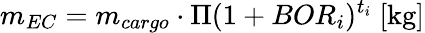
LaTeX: m_{EC}=m_{cargo}\cdot\Pi{(1+BOR_{i})^{t_{i}}}\ [\mathrm{kg}]